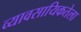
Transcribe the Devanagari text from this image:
व्यावसायिकतेला